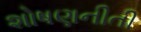
શોષણનીતી